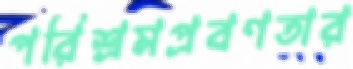
পরিশ্রমপ্রবণতার